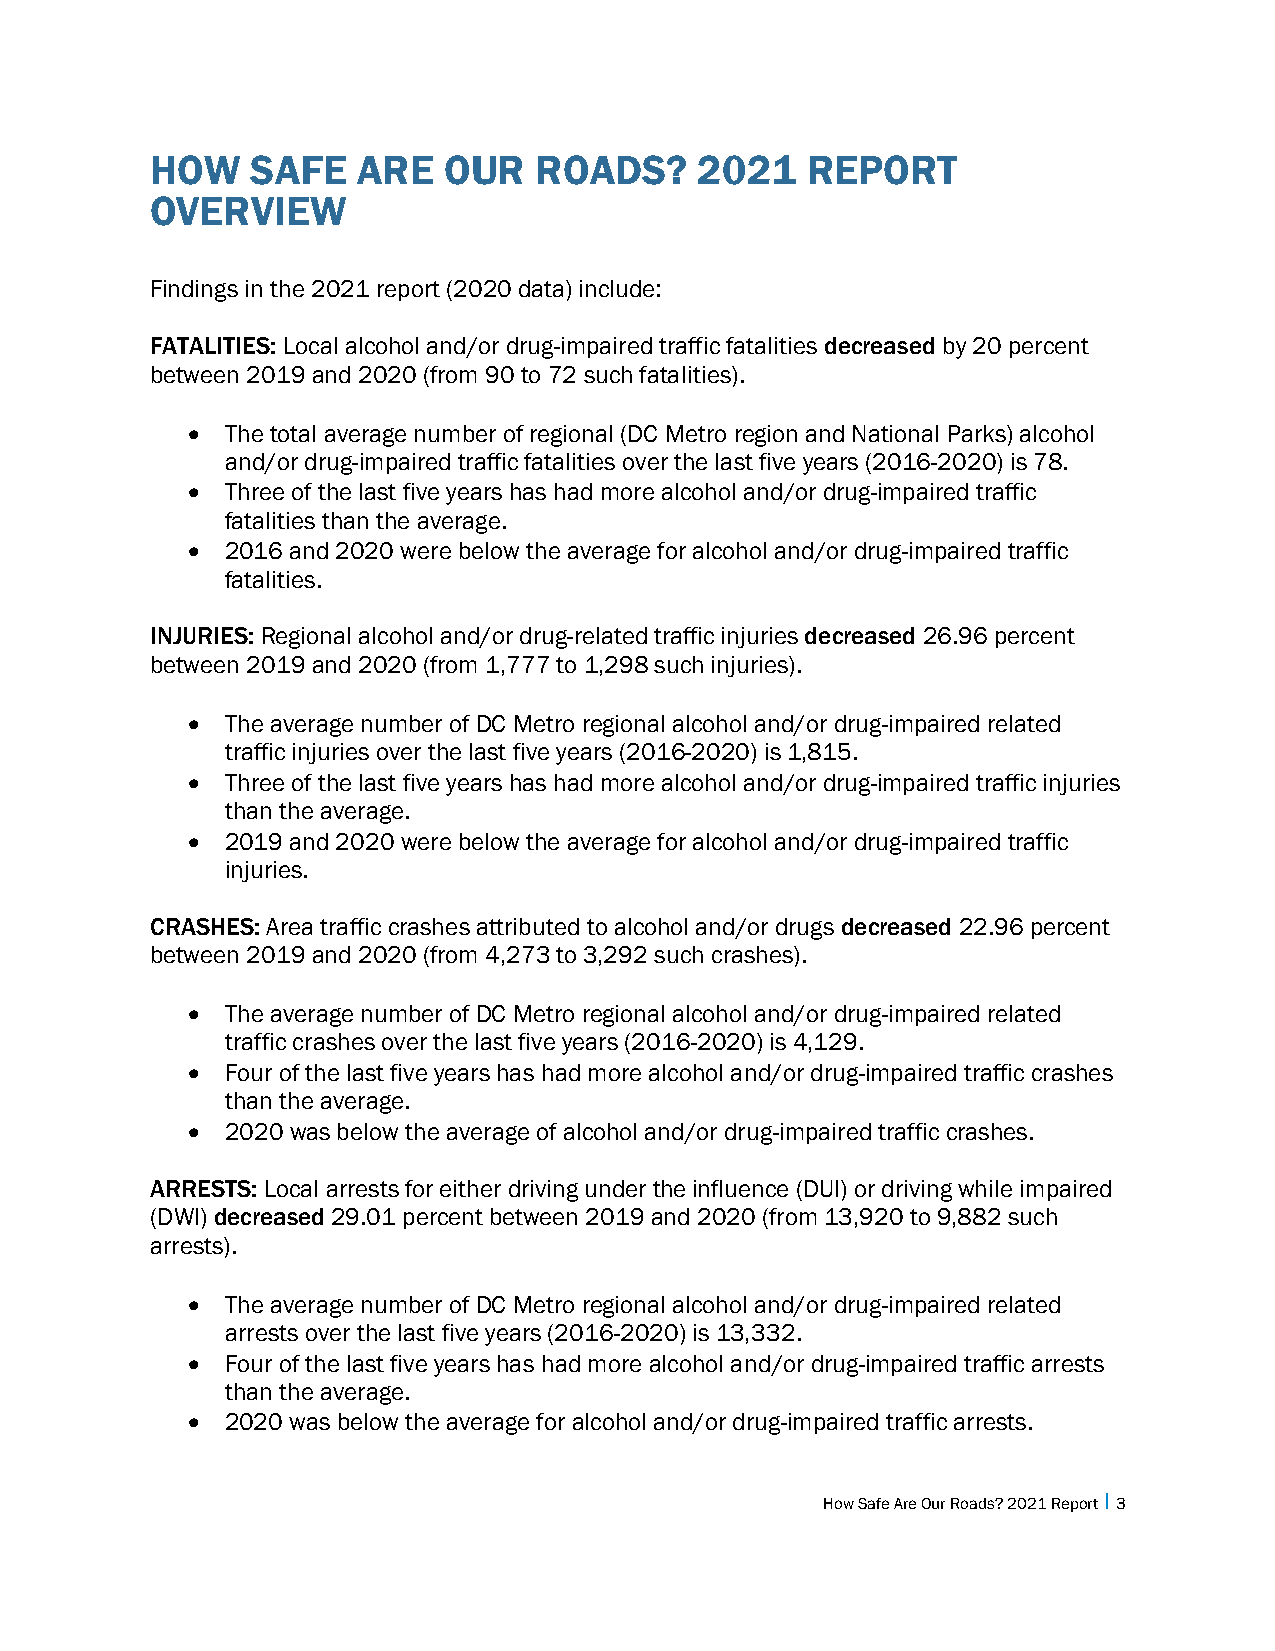
HOW    SAFE   ARE  OUR   ROADS?     2021   REPORT
 OVERVIEW
 Findings in the 2021 report (2020 data) include:
 FATALITIES: Local alcohol and/or drug-impaired traffic fatalities decreased by 20 percent
 between 2019 and 2020 (from 90 to 72 such fatalities).
 •  The total average number of regional (DC Metro region and National Parks) alcohol
 and/or drug-impaired traffic fatalities over the last five years (2016-2020) is 78.
 •  Three of the last five years has had more alcohol and/or drug-impaired traffic
 fatalities than the average.
 •  2016 and 2020 were below the average for alcohol and/or drug-impaired traffic
 fatalities.
 INJURIES: Regional alcohol and/or drug-related traffic injuries decreased 26.96 percent
 between 2019 and 2020 (from 1,777 to 1,298 such injuries).
 •  The average number of DC Metro regional alcohol and/or drug-impaired related
 traffic injuries over the last five years (2016-2020) is 1,815.
 •  Three of the last five years has had more alcohol and/or drug-impaired traffic injuries
 than the average.
 •  2019 and 2020 were below the average for alcohol and/or drug-impaired traffic
 injuries.
 CRASHES: Area traffic crashes attributed to alcohol and/or drugs decreased 22.96 percent
 between 2019 and 2020 (from 4,273 to 3,292 such crashes).
 •  The average number of DC Metro regional alcohol and/or drug-impaired related
 traffic crashes over the last five years (2016-2020) is 4,129.
 •  Four of the last five years has had more alcohol and/or drug-impaired traffic crashes
 than the average.
 •  2020 was below the average of alcohol and/or drug-impaired traffic crashes.
 ARRESTS: Local arrests for either driving under the influence (DUI) or driving while impaired
 (DWI) decreased 29.01 percent between 2019 and 2020 (from 13,920 to 9,882 such
 arrests).
 •  The average number of DC Metro regional alcohol and/or drug-impaired related
 arrests over the last five years (2016-2020) is 13,332.
 •  Four of the last five years has had more alcohol and/or drug-impaired traffic arrests
 than the average.
 •  2020 was below the average for alcohol and/or drug-impaired traffic arrests.
 How Safe Are Our Roads? 2021 Report I 3